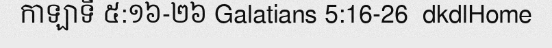
កាឡាទី ៥:១៦-២៦ Galatians 5:16-26  dkdlHome